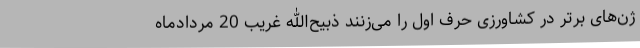
ژن‌های برتر در کشاورزی حرف اول را می‌زنند ذبیح‌الله غریب 20 مردادماه